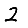
Digit: 2